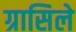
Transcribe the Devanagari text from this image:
ग्रासिले